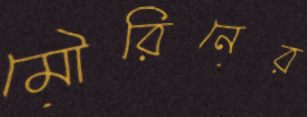
মৌরিনের